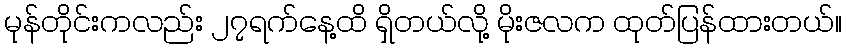
မုန်တိုင်းကလည်း ၂၇ရက်နေ့ထိ ရှိတယ်လို့ မိုးဇလက ထုတ်ပြန်ထားတယ်။